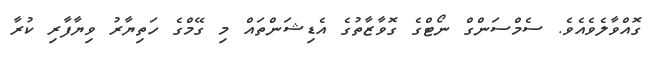
ގޮއްވާލެވެއެވެ. ސެމްސަންގް ނޯޓްގެ ގޮވާޒާތުގެ އެޑިޝަންތައް މި ގޭމްގެ ހަތިޔާރު ވިޔާފާރި ކުރާ